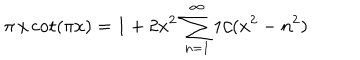
\pi \, x \cot ( \pi x ) = 1 + 2 x ^ { 2 } \, \sum _ { n = 1 } ^ { \infty } 1 / ( x ^ { 2 } - n ^ { 2 } )